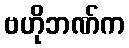
ဗဟိုဘဏ်က